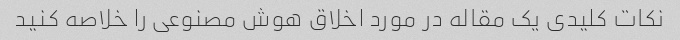
نکات کلیدی یک مقاله در مورد اخلاق هوش مصنوعی را خلاصه کنید